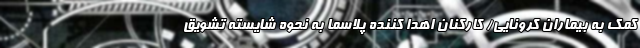
کمک به بیماران کرونایی/ کارکنان اهدا کننده پلاسما به نحوه شایسته تشویق